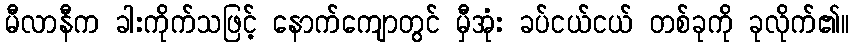
မီလာနီက ခါးကိုက်သဖြင့် နောက်ကျောတွင် မှီအုံး ခပ်ငယ်ငယ် တစ်ခုကို ခုလိုက်၏။